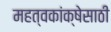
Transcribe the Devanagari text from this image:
महत्वकांक्षेसाठी